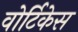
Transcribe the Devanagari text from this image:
वोर्टिकेस